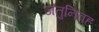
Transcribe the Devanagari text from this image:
जंतुनिवह